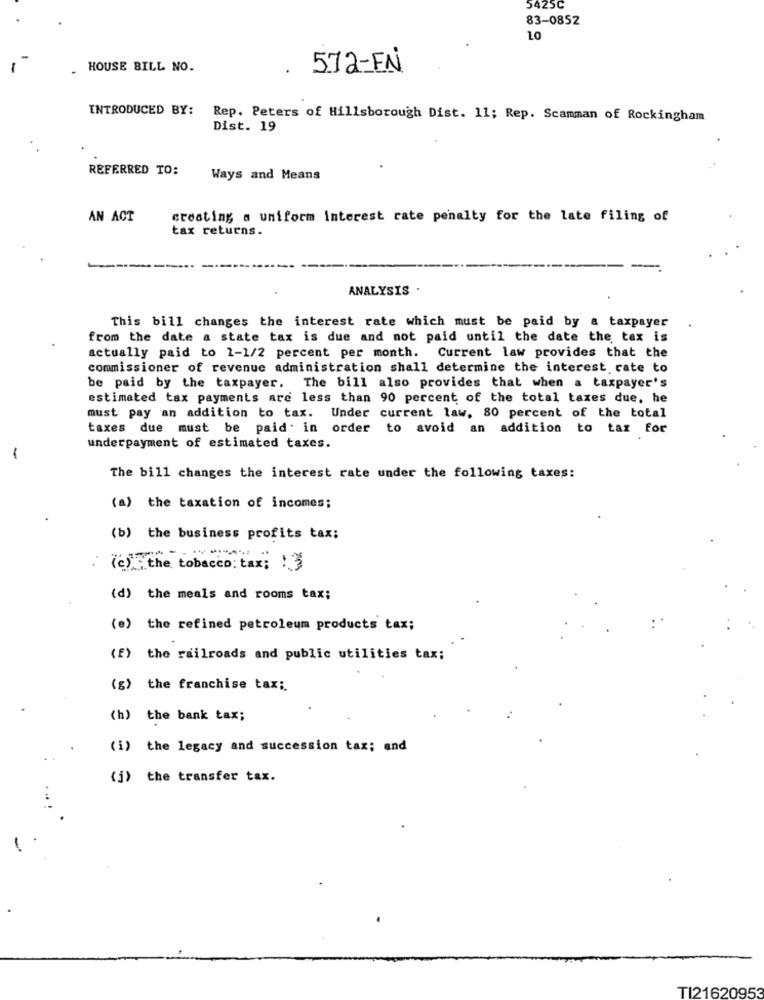
5425C
83-0852
10
HOUSE BILL NO.
. 572-FN
INTRODUCED BY:
Rep. Peters of Hillsborough Dist. 11; Rep. Scamman of Rockingham
Dist. 19
REFERRED TO:
Ways and Means
AN ACT
creating a uniform interest rate penalty for the late filing of
tax returns.
ANALYSIS .
This bill changes the interest rate which must be paid by a taxpayer
from the date a state tax is due and not paid until the date the tax is
actually paid to 1-1/2 percent per month. Current law provides that the
commissioner of revenue administration shall determine the interest rate to
be paid by the taxpayer. The bill also provides that when a taxpayer's
estimated tax payments are less than 90 percent of the total taxes due, he
must pay an addition to tax. Under current law, 80 percent of the total
taxes due must be paid. in order to avoid an addition to tax for
underpayment of estimated taxes.
-
The bill changes the interest rate under the following taxes:
(a) the taxation of incomes;
(b) the business profits tax;
)the tobacco: tax; !
(d) the meals and rooms tax;
(e) the refined petroleum products tax;
(f) the railroads and public utilities tax;
(g) the franchise tax;
(h) the bank tax;
(i) the legacy and succession tax; and
(j) the transfer tax.
TI21620953